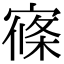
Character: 𡩢